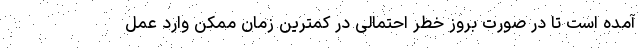
آمده است تا در صورت بروز خطر احتمالی در کمترین زمان ممکن وارد عمل